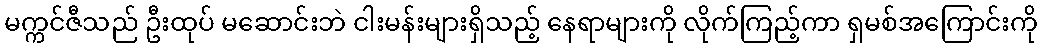
မက္ကင်ဇီသည် ဦးထုပ် မဆောင်းဘဲ ငါးမန်းများရှိသည့် နေရာများကို လိုက်ကြည့်ကာ ရှမစ်အကြောင်းကို